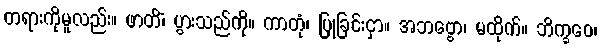
တရားကိုမူလည်း။ ဖာတိံ၊ ပွားသည်ကို။ ကာတုံ၊ ပြုခြင်းငှာ။ အဘဗ္ဗော၊ မထိုက်။ ဘိက္ခဝေ၊